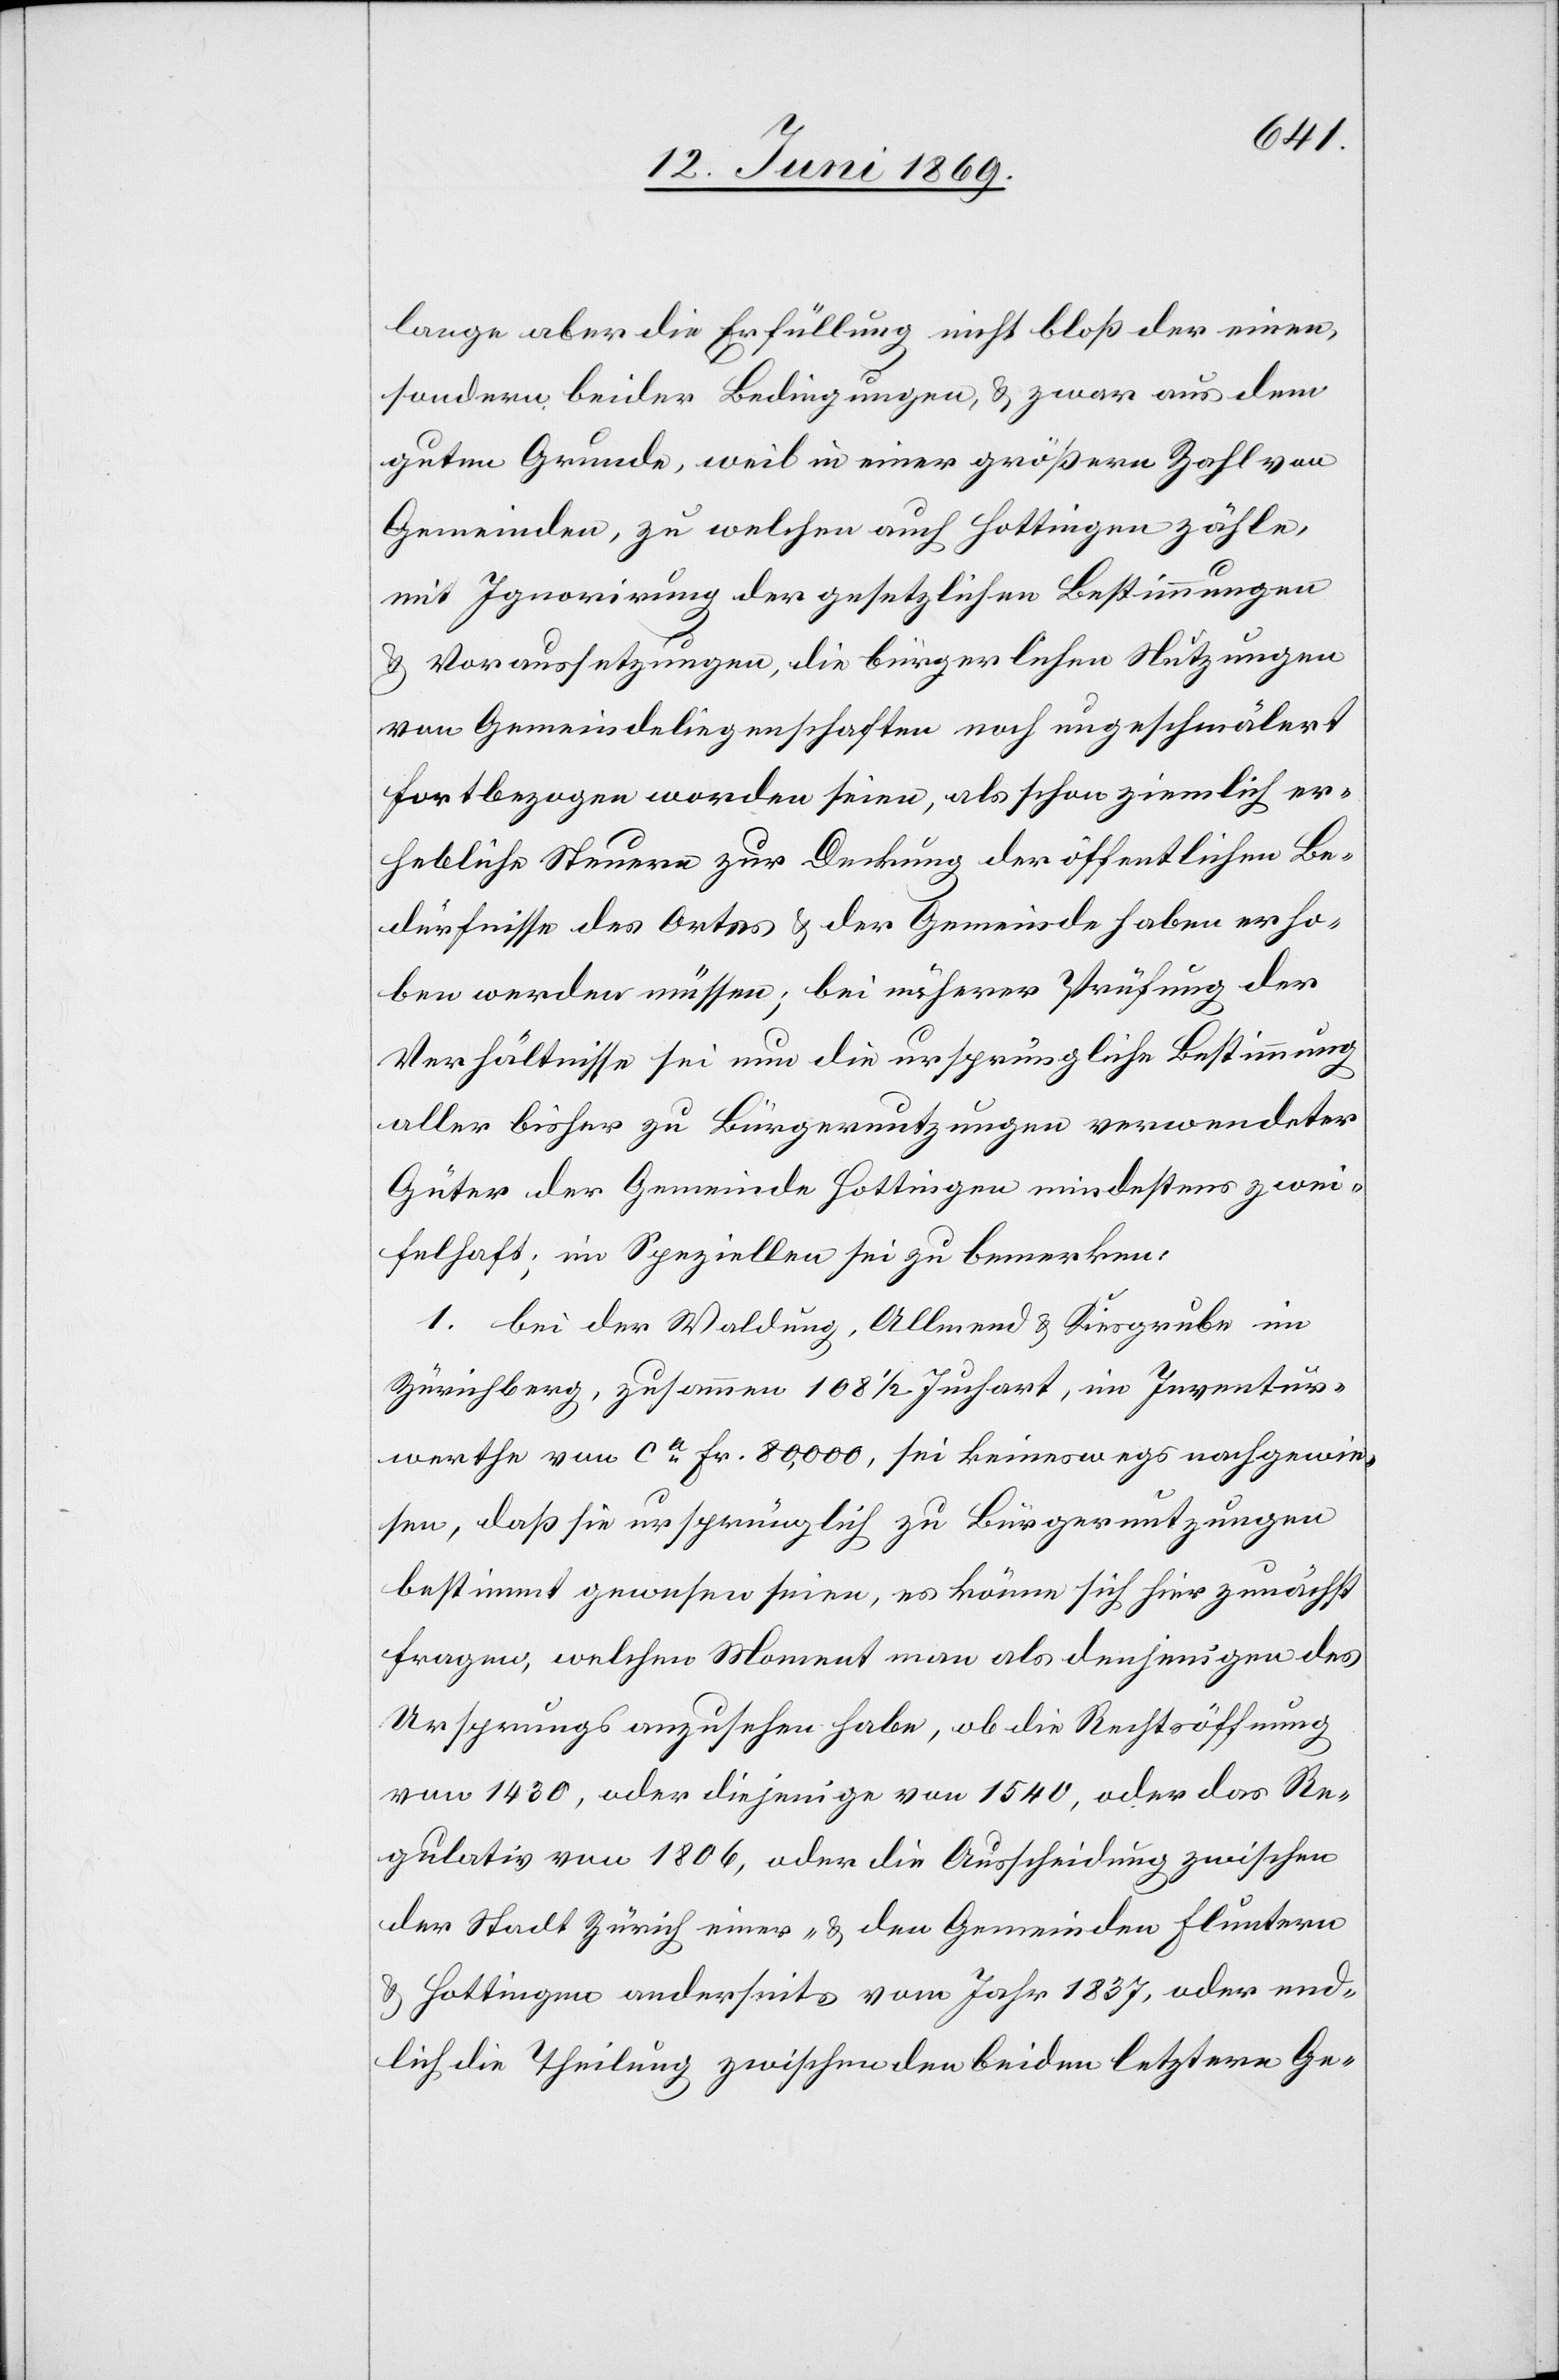
lange aber die Erfüllung nicht bloß der einen,
sondern beider Bedingungen, u. zwar aus dem
guten Grund, weil in einer größern Zahl von
Gemeinden, zu welchen auch Hottingen zähle,
mit Ignorirung der gesetzlichen Bestimmungen
u. Voraussetzungen, die bürgerlichen Nutzungen
von Gemeindeliegenschaften noch ungeschmälert
fortbezogen worden seien, als schon ziemlich er¬
hebliche Steuern zur Deckung der öffentlichen Be¬
dürfnisse des Ortes der Gemeinde haben erho¬
ben werden müssen; bei näherer Prüfung der
Verhältnisse sei nun die ursprüngliche Bestimmung
aller bisher zu Bürgernutzungen verwendeter
Güter der Gemeinde Hottingen mindestens zwei¬
felhaft, im Speziellen sei zu bemerken:
1. Bei der Waldung, Allmend u. Kiesgrube im
Zürichberg, zusammen 108 1/2 Juchart, im Inventur¬
werthe von ca Fr. 80,000, sei keineswegs nachgewie¬
sen, daß sie ursprünglich zu Bürgernutzungen
bestimmt gewesen sein, es könne sich hier zunächst
fragen, welchen Moment man als denjenigen des
Ursprungs anzusehen habe, ob die Rechtsöffnung
von 1430, oder diejenige von 1540, oder das Re¬
gulativ von 1806, oder die Ausscheidung zwischen
der Stadt Zürich einer- u. den Gemeinden Fluntern
u. Hottingen anderseits vom Jahr 1837, oder end¬
lich die Theilung zwischen den beiden letztern Ge-